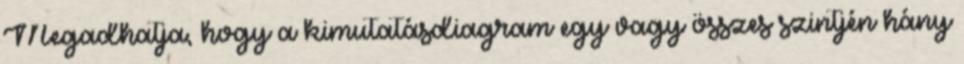
Megadhatja, hogy a kimutatásdiagram egy vagy összes szintjén hány